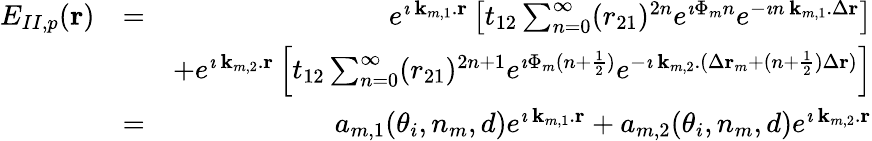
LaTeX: \begin{array}{rlr}{E_{II,p}({\mathbf r})}&{=}&{e^{\imath\, {\mathbf k_{m,1}}.{\mathbf r}}\left[t_{12}\sum_{n=0}^{\infty}(r_{21})^{2n}e^{\imath\Phi_{m}n}e^{-\imath n\, {\mathbf k_{m,1}}.\Delta{\mathbf r}}\right]}\\ &{}&{+e^{\imath\, {\mathbf k_{m,2}}.{\mathbf r}}\left[t_{12}\sum_{n=0}^{\infty}(r_{21})^{2n+1}e^{\imath\Phi_{m}(n+\frac{1}{2})}e^{-\imath\, {\mathbf k_{m,2}}.(\Delta{\mathbf r}_{m}+(n+\frac{1}{2})\Delta{\mathbf r})}\right]}\\ &{=}&{a_{m,1}(\theta_{i},n_{m},d)e^{\imath\, {\mathbf k_{m,1}}.{\mathbf r}}+a_{m,2}(\theta_{i},n_{m},d)e^{\imath\, {\mathbf k_{m,2}}.{\mathbf r}}}\end{array}